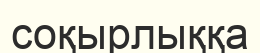
соқырлыққа